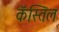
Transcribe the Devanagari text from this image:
कॅस्तिल